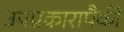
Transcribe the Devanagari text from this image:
उपप्रकारापैकी